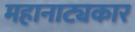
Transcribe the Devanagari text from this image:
महानाट्यकार